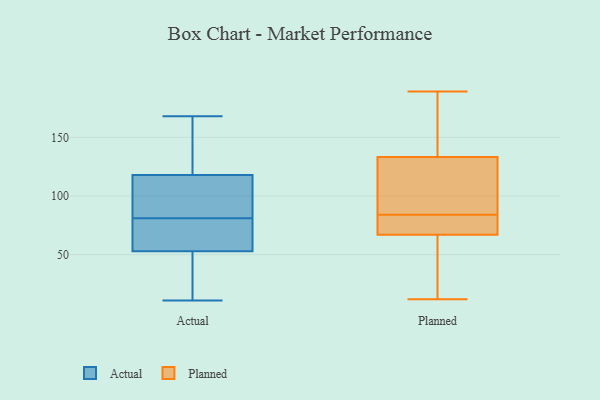
{"axis": {"x": "Market Share (%)", "y": "Value"}, "legend": ["Actual", "Planned"], "data": [{"x": "", "y": 32, "type": "Actual"}, {"x": "", "y": 92, "type": "Actual"}, {"x": "", "y": 53, "type": "Actual"}, {"x": "", "y": 70, "type": "Actual"}, {"x": "", "y": 75, "type": "Actual"}, {"x": "", "y": 94, "type": "Actual"}, {"x": "", "y": 118, "type": "Actual"}, {"x": "", "y": 144, "type": "Actual"}, {"x": "", "y": 87, "type": "Actual"}, {"x": "", "y": 51, "type": "Actual"}, {"x": "", "y": 129, "type": "Actual"}, {"x": "", "y": 71, "type": "Actual"}, {"x": "", "y": 89, "type": "Actual"}, {"x": "", "y": 11, "type": "Actual"}, {"x": "", "y": 168, "type": "Actual"}, {"x": "", "y": 151, "type": "Actual"}, {"x": "", "y": 70, "type": "Actual"}, {"x": "", "y": 16, "type": "Actual"}, {"x": "", "y": 79, "type": "Planned"}, {"x": "", "y": 79, "type": "Planned"}, {"x": "", "y": 72, "type": "Planned"}, {"x": "", "y": 12, "type": "Planned"}, {"x": "", "y": 119, "type": "Planned"}, {"x": "", "y": 161, "type": "Planned"}, {"x": "", "y": 52, "type": "Planned"}, {"x": "", "y": 103, "type": "Planned"}, {"x": "", "y": 84, "type": "Planned"}, {"x": "", "y": 93, "type": "Planned"}, {"x": "", "y": 187, "type": "Planned"}, {"x": "", "y": 77, "type": "Planned"}, {"x": "", "y": 41, "type": "Planned"}, {"x": "", "y": 189, "type": "Planned"}, {"x": "", "y": 46, "type": "Planned"}, {"x": "", "y": 181, "type": "Planned"}, {"x": "", "y": 124, "type": "Planned"}]}